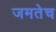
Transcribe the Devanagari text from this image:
जमतेच